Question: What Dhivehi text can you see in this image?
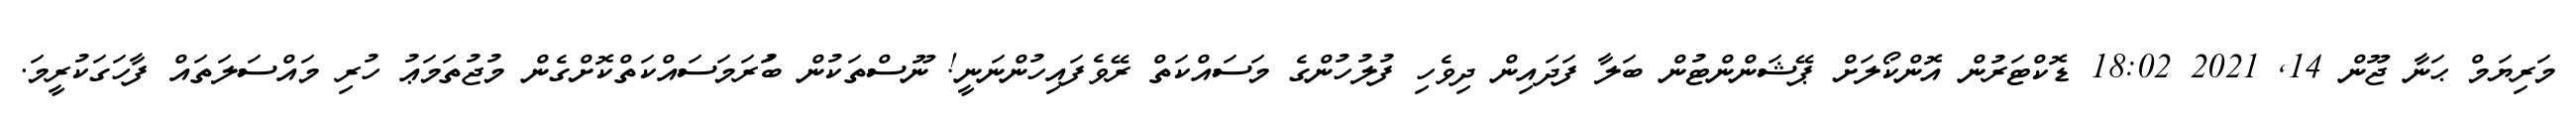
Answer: މަރިޔަމް ޙަނާ ޖޫން 14, 2021 18:02 ޑޮކްޓަރުން އޮންކޯލަށް ޕޭޝަންންޓުން ބަލާ ފަދައިން ދިވެހި ފުލުހުންގެ މަސައްކަތް ރޭވެފައިހުންނަނީ! ނޫސްތަކުން ބުަރަމަސައްކަތްކޮށްގެން މުޖުތަމަޢު ހުރި މައްސަލަތައް ފާހަގަކުރީމަ.